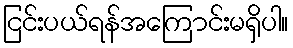
ငြင်းပယ်ရန်အကြောင်းမရှိပါ။